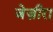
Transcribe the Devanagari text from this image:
जेज़ीरा